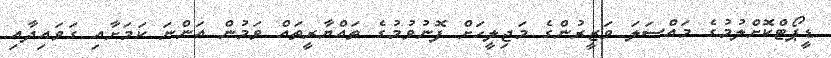
ޑީޕޯޓްކޮށްލުމުގެ މައްސަލަ ވަޒީރުންގެ މަޖިލީހަށް ފޮނުވުމުގެ ތައްޔާރީތައް ވަމުން އަންނަ ކަމަށާއި ގަވައިދާއި